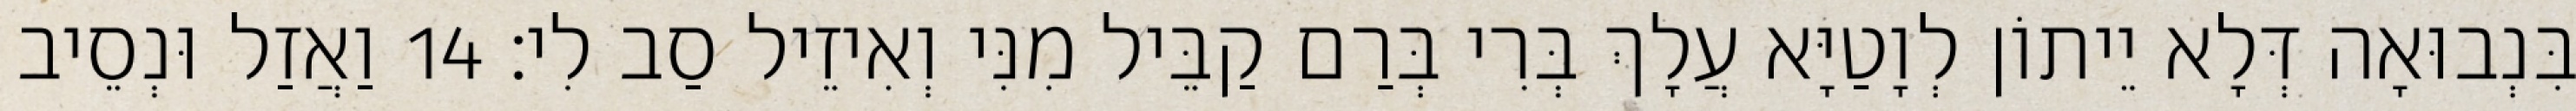
בִּנְבוּאָה דְּלָא יֵיתוֹן לְוָטַיָּא עֲלָךְ בְּרִי בְּרַם קַבֵּיל מִנִּי וְאִיזֵיל סַב לִי׃ 14 וַאֲזַל וּנְסֵיב